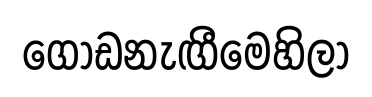
ගොඩනැඟීමෙහිලා